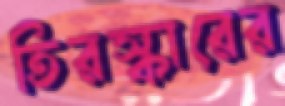
তিরস্কারের